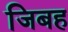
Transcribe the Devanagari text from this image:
जिबह